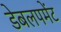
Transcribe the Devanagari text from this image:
डेबलपमेंट